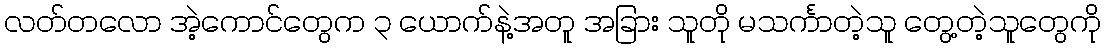
လတ်တလော အဲ့ကောင်တွေက ၃ ယောက်နဲ့အတူ အခြား သူတို မသင်္ကာတဲ့သူ တွေ့တဲ့သူတွေကို